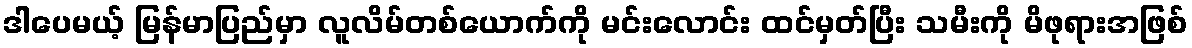
ဒါပေမယ့် မြန်မာပြည်မှာ လူလိမ်တစ်ယောက်ကို မင်းလောင်း ထင်မှတ်ပြီး သမီးကို မိဖုရားအဖြစ်